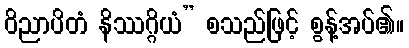
ဝိညာပိတံ နိဿဂ္ဂိယံ” စသည်ဖြင့် စွန့်အပ်၏။